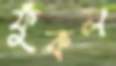
ফুঁকল